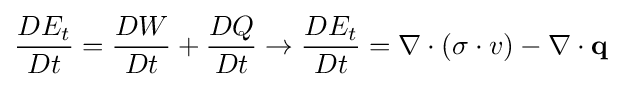
{\frac {DE_{t}}{Dt}}={\frac {DW}{Dt}}+{\frac {DQ}{Dt}}\to {\frac {DE_{t}}{Dt}}=\nabla \cdot ({\mathbf {\sigma } \cdot v})-\nabla \cdot {\mathbf {q} }